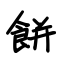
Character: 餅